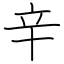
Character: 辛